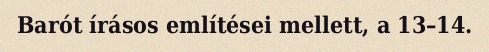
Barót írásos említései mellett, a 13–14.